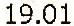
19.01